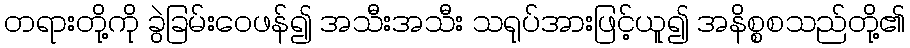
တရားတို့ကို ခွဲခြမ်းဝေဖန်၍ အသီးအသီး သရုပ်အားဖြင့်ယူ၍ အနိစ္စစသည်တို့၏